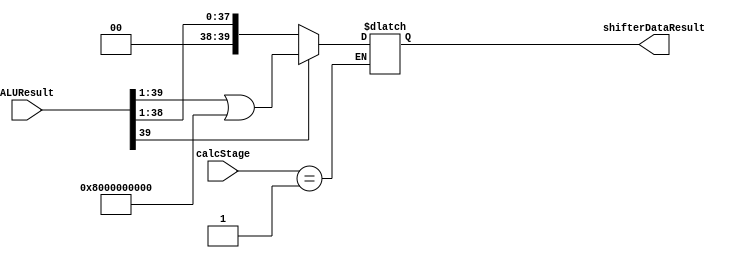
module calcBitShifter(
	calcStage,
	ALUResult,
	shifterDataResult
	
	
    );
	input [39:0] ALUResult;
	input [2:0] calcStage;
	output reg [39:0] shifterDataResult;
    

	always @ (calcStage) begin
		if(calcStage == 3'b001) begin //If we have gone through all coefficients, now we must shift
			if(ALUResult[39] == 1) begin//If ALUResult is negative
			    shifterDataResult = ALUResult >> 1 | 40'h8000000000;//Pad 1 at MSB
			end//} end ALUResult[39]==1
			else begin//{
			    shifterDataResult = ALUResult >> 1;
			end//}end else begin (ALUResult[39]==1 chunk)
		end //}end if(calcStage)

	end
   
endmodule